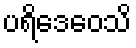
ပရိဒေဝေသိ